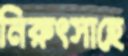
নিরুৎসাহে